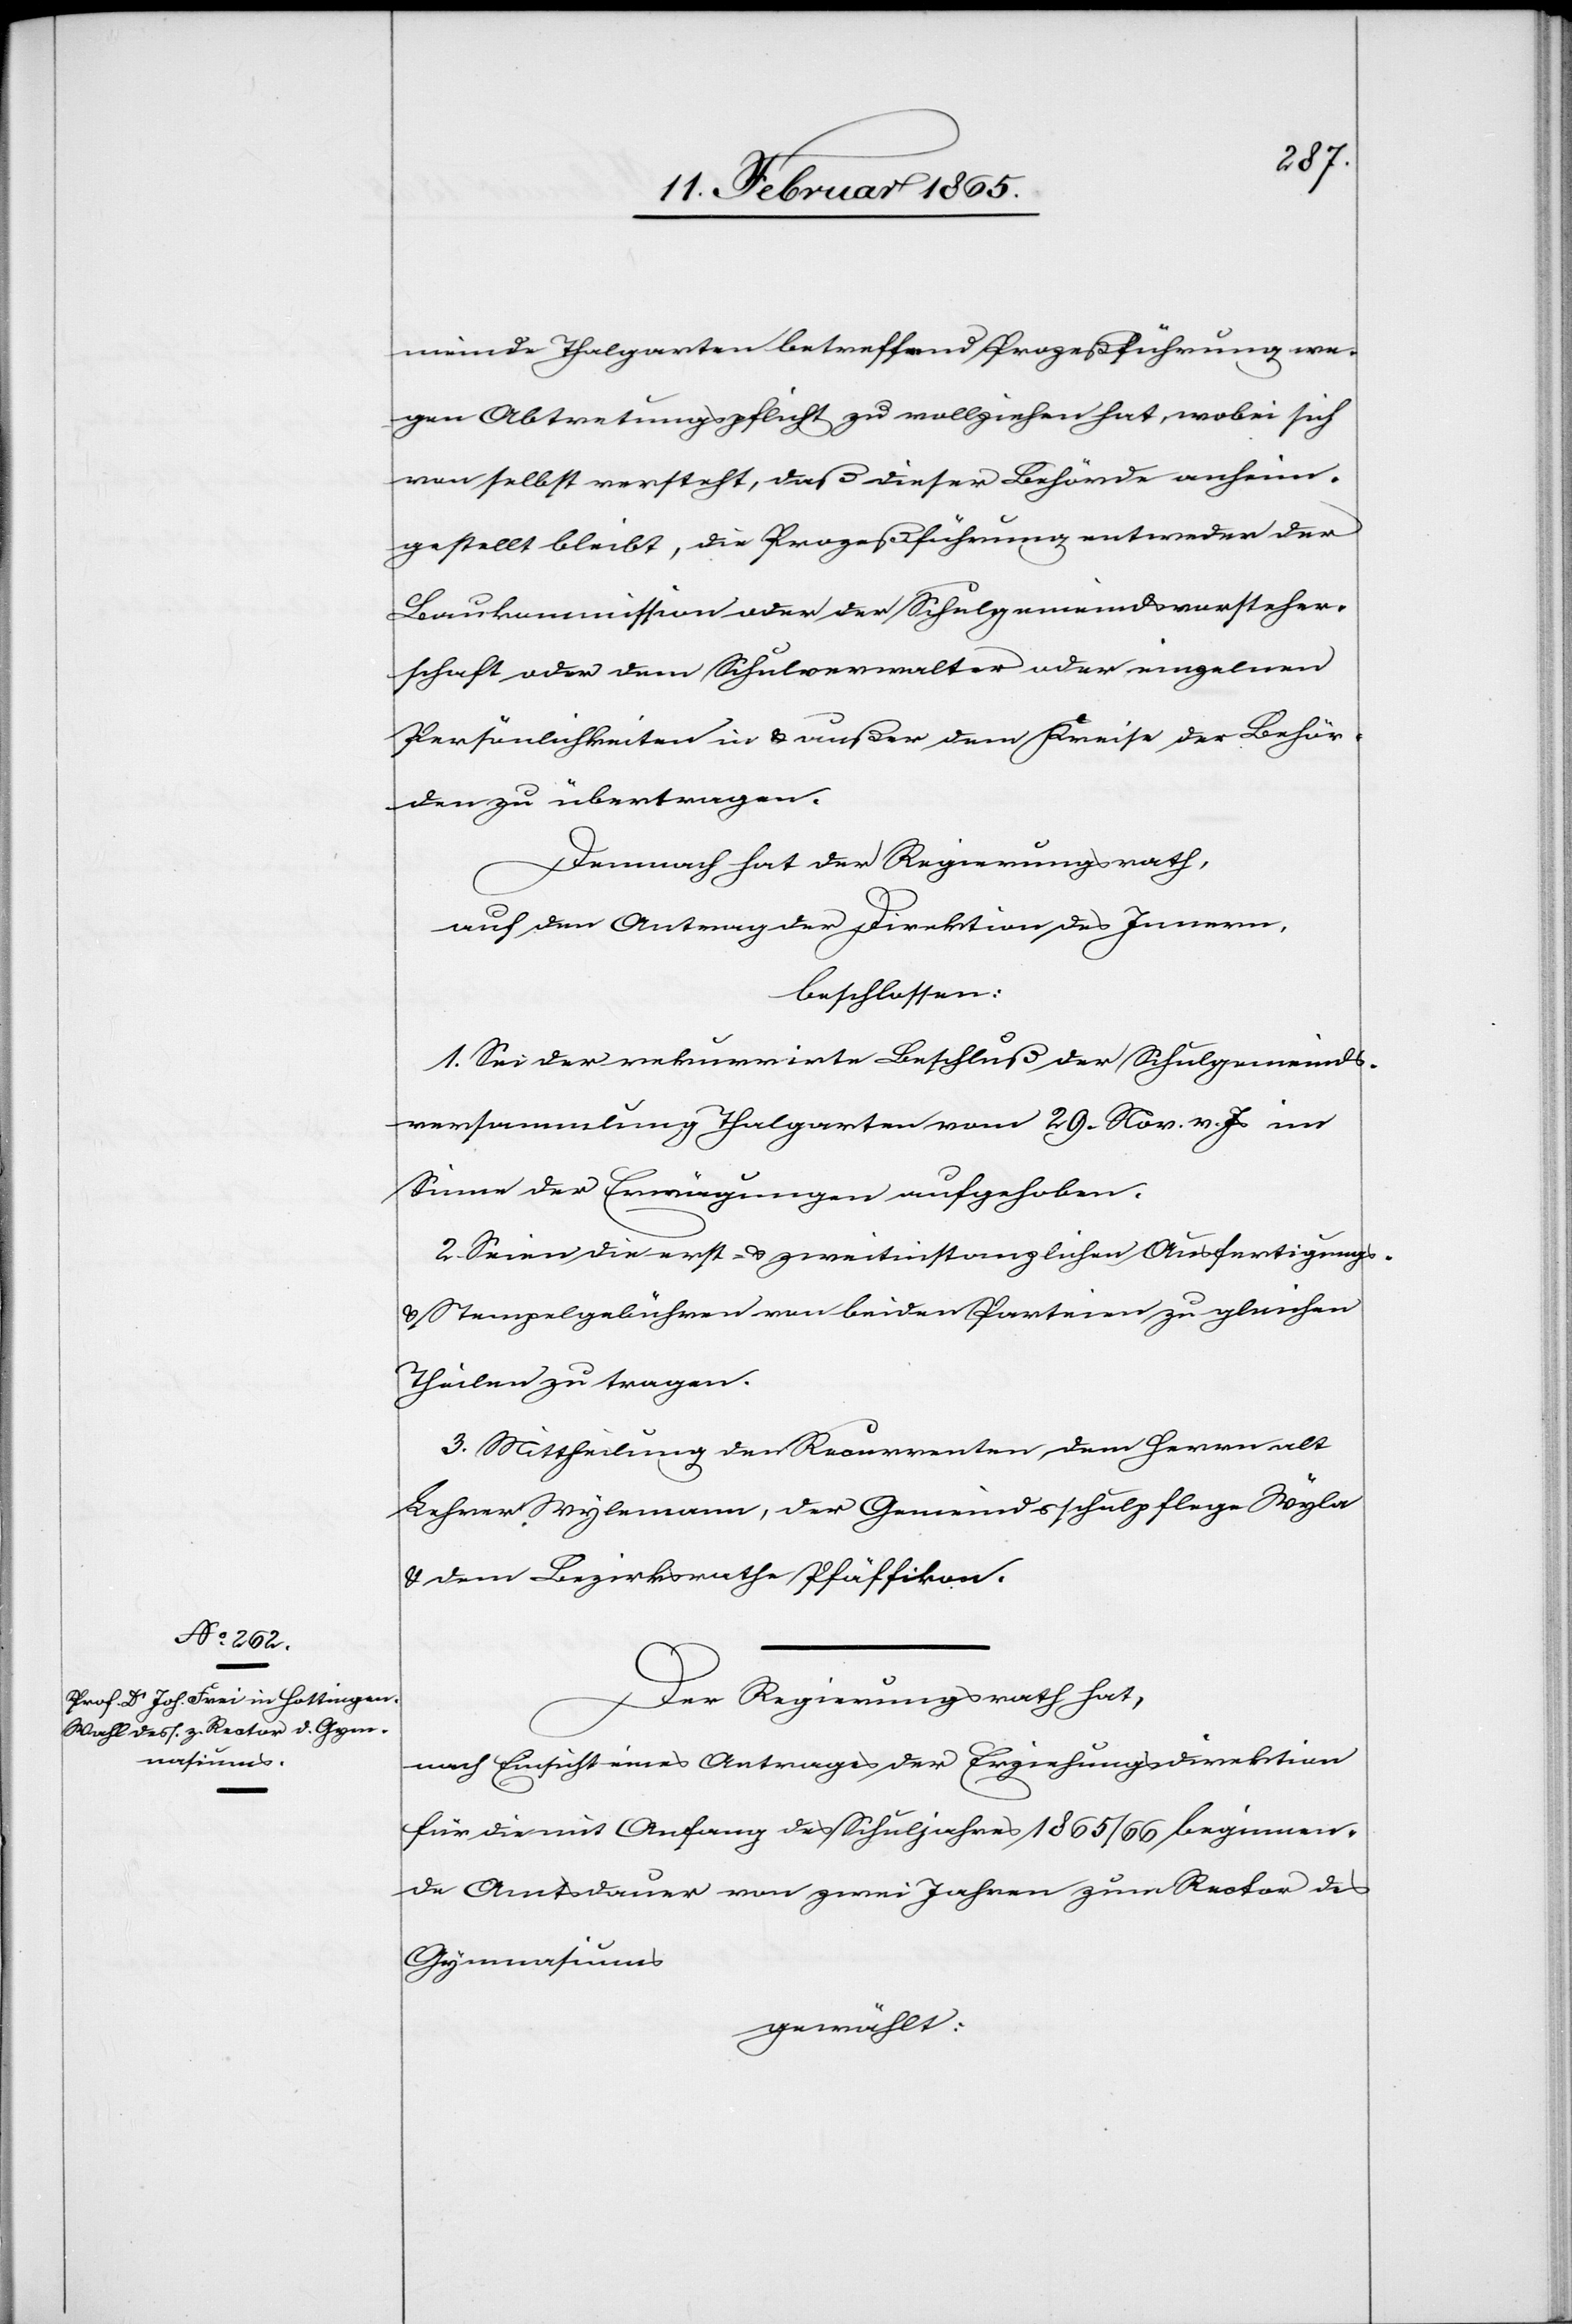
meinde Thalgarten betreffend Prozeßführung we¬
gen Abtretungspflicht zu vollziehen hat, wobei sich
von selbst versteht, daß dieser Behörde anheim¬
gestellt bleibt, die Prozeßführung entweder der
Baukommission oder der Schulgemeindsvorsteher¬
schaft oder dem Schulverwalter oder einzelnen
Persönlichkeiten in u. außer dem Kreise der Behör¬
den zu übertragen.
Demnach hat der Regierungsrath,
auf den Antrag der Direktion des Innern,
beschlossen:
1. Sei der rekurrirte Beschluß der Schulgemeinds¬
versammlung Thalgarten vom 29. Nov. v. Js im
Sinne der Erwägungen aufgehoben.
2. Seien die erst- u. zweitinstanzlichen Ausfertigungs-
u. Stempelgebühren von beiden Parteien zu gleichen
Theilen zu tragen.
3. Mittheilung den Recurrenten dem Herrn alt
Lehrer Wylemann, der Gemeindsschulpflege Wyla
u. dem Bezirksrathe Pfäffikon.
Der Regierungsrath hat,
nach Einsicht eines Antrages der Erziehungsdirektion
für die mit Anfang des Schuljahres 1865/66 beginnen¬
de Amtsdauer von zwei Jahren zum Rector des
Gymnasiums
gewählt: